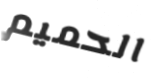
الحميم